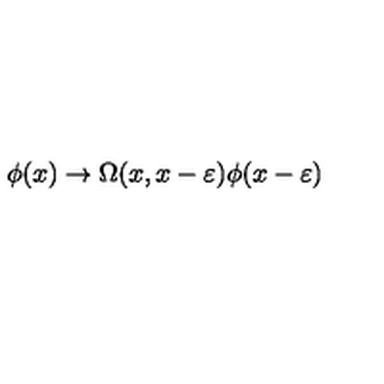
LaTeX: \phi ( x ) \rightarrow \Omega ( x , x - \varepsilon ) \phi ( x - \varepsilon )